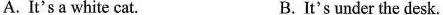
A. It's a white cat. B.It's under the desk.